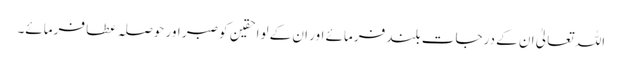
اللہ تعالیٰ ان کے درجات بلند فرمائے اور ان کے لواحقین کو صبر اور حوصلہ عطا فرمائے۔